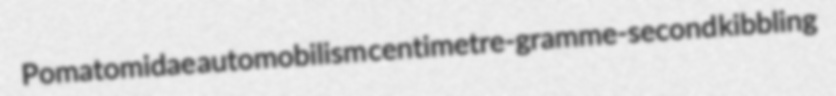
Pomatomidae automobilism centimetre-gramme-second kibbling